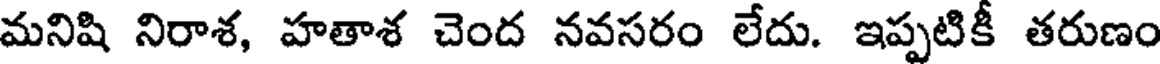
మనిషి నిరాశ, హతాశ చెంద నవసరం లేదు. ఇప్పటికీ తరుణం